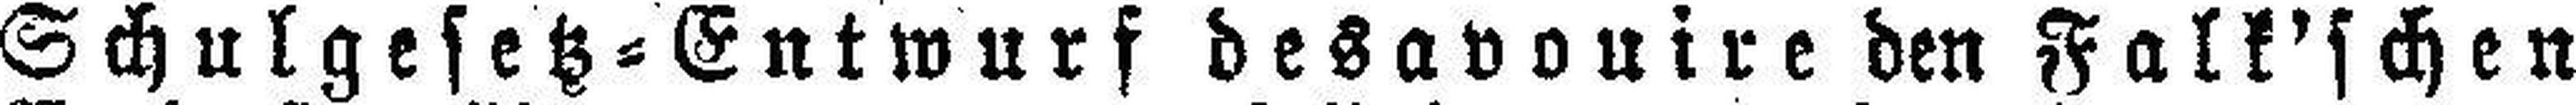
Schulgesetz=Entwurf desavouire den Falk'schen